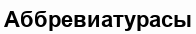
Аббревиатурасы